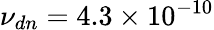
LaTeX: {\nu_{dn}}=4.3\times 10^{-10}